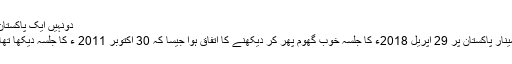
دونہیں ایک پاکستان
مینار پاکستان پر 29 اپریل 2018ء کا جلسہ خوب گھوم پھر کر دیکھنے کا اتفاق ہوا جیسا کہ 30 اکتوبر 2011 ء کا جلسہ دیکھا تھا۔